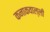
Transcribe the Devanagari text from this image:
कनाकवाल्ली